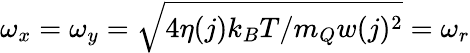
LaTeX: \omega_{x}=\omega_{y}=\sqrt{4\eta(j)k_{B}T/m_{Q}w(j)^{2}}=\omega_{r}